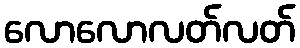
လောလောလတ်လတ်